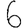
Digit: 6